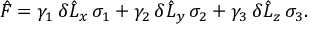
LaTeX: { \hat { F } } = \gamma _ { 1 } \, \delta { \hat { L } } _ { x } \, \sigma _ { 1 } + \gamma _ { 2 } \, \delta { \hat { L } } _ { y } \, \sigma _ { 2 } + \gamma _ { 3 } \, \delta { \hat { L } } _ { z } \, \sigma _ { 3 } .